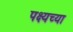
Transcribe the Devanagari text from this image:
पक्ष्यच्या